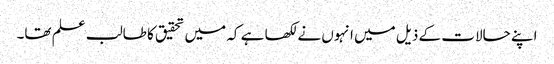
اپنے حالات کے ذیل میں انہوں نے لکھا ہے کہ میں تحقیق کا طالب علم تھا۔